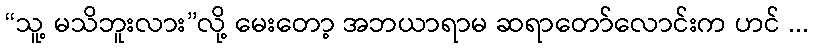
“သူ့ မသိဘူးလား”လို့ မေးတော့ အဘယာရာမ ဆရာတော်လောင်းက ဟင် ...